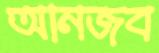
আনজব